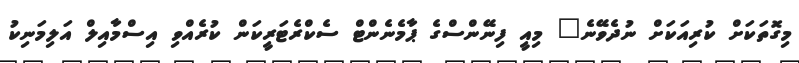
މިގޮތަކަށް ކުރިއަކަށް ނުދެވޭނެ" މިއީ ފިނޭންސްގެ ޕާމެނެންޓް ސެކްރެޓަރީކަން ކުރެއްވި އިސްމާއިލް އަލިމަނިކު